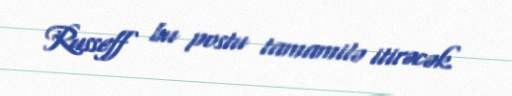
Russeff bu postu tamamilə itirəcək.